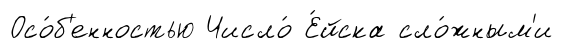
Осо́б'енностью Число́ Е́йска сло́жным'и